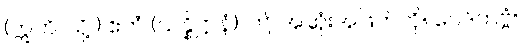
(ဣတိ၊ သို့။) ဧတံ (သန္နိဋ္ဌာနံ)၊ ဤ အဆုံးအဖြတ်ကို။ ဝေဒိတဗ္ဗံ။